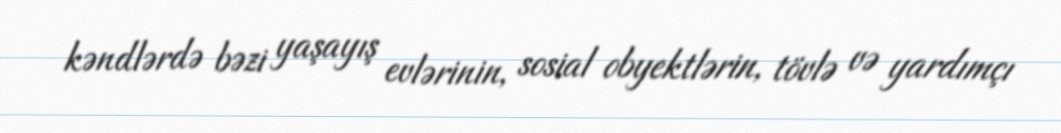
kəndlərdə bəzi yaşayış evlərinin, sosial obyektlərin, tövlə və yardımçı